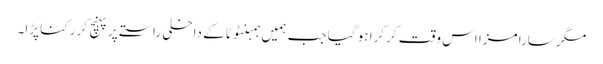
مگر سارا مزا اس وقت کرکرا ہو گیا جب ہمیں ہمبنٹوٹا کے داخلی راستے پر پہنچ کر رکنا پڑا۔